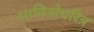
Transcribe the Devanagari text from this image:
सावित्रोचरित्र